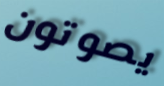
يصوتون